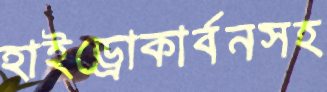
হাইড্রোকার্বনসহ